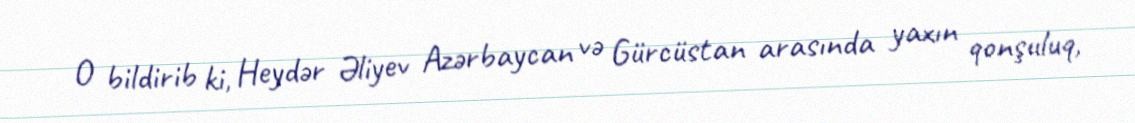
O bildirib ki, Heydər Əliyev Azərbaycan və Gürcüstan arasında yaxın qonşuluq,